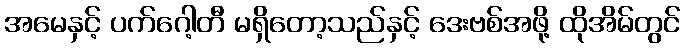
အမေနှင့် ပက်ဂေါ့တီ မရှိတော့သည်နှင့် ဒေးဗစ်အဖို့ ထိုအိမ်တွင်